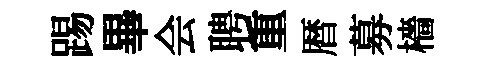
踢畢会聘重暦募檣